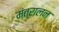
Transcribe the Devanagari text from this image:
मंत्रालन